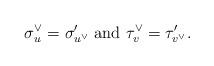
LaTeX: \begin{align*}\sigma_u^\vee = \sigma'_{u^\vee} \textrm{ and } \tau_v^\vee = \tau'_{v^\vee}.\end{align*}